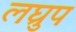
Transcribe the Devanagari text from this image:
लघ्रुप